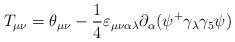
LaTeX: \begin{align*}T_{\mu \nu }=\theta _{\mu \nu }-\frac 14\varepsilon _{\mu \nu \alpha \lambda}\partial _\alpha (\psi ^{+}\gamma _\lambda \gamma _5\psi ) \end{align*}